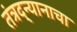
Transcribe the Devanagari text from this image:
तंत्रद्न्यानाचा